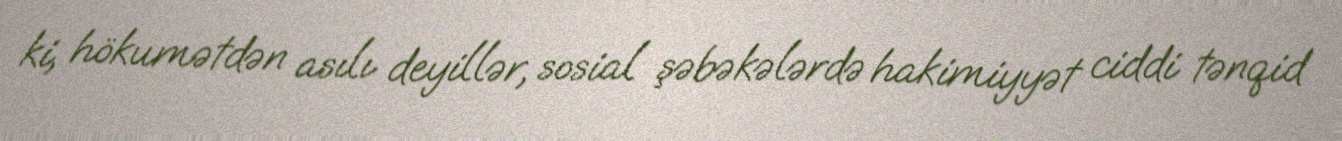
ki, hökumətdən asılı deyillər, sosial şəbəkələrdə hakimiyyət ciddi tənqid